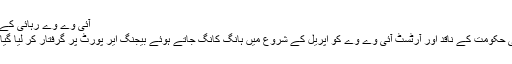
آئی وے وے رہائی کے بعد
چينی حکومت کے ناقد اور آرٹسٹ آئی وے وے کو اپريل کے شروع ميں ہانگ کانگ جاتے ہوئے بيجنگ اير پورٹ پر گرفتار کر ليا گيا تھا۔